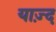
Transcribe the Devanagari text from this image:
याज़्द